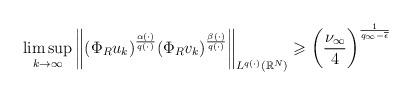
LaTeX: \begin{align*} \limsup_{k\to \infty}\bigg\|(\Phi_{R}u_{k})^{\frac{\alpha(\cdot)}{q(\cdot)}}(\Phi_{R}v_{k})^{\frac{\beta(\cdot)}{q(\cdot)}}\bigg\|_{L^{q(\cdot)}(\mathbb{R}^{N})} \geqslant \bigg( \frac{\nu_\infty}{4}\bigg)^{\frac{1}{q_{\infty}-\overline{\epsilon}}} \end{align*}